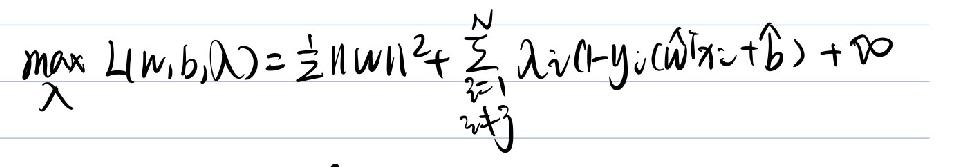
\(\max_{\lambda} L(w, b, \lambda)=\frac{1}{2}\|w\|^{2}+\sum_{i = 1}^{N}\lambda_i(1 - y_i(w^Tx_i + b))+\infty\)